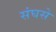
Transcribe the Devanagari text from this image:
संघसे